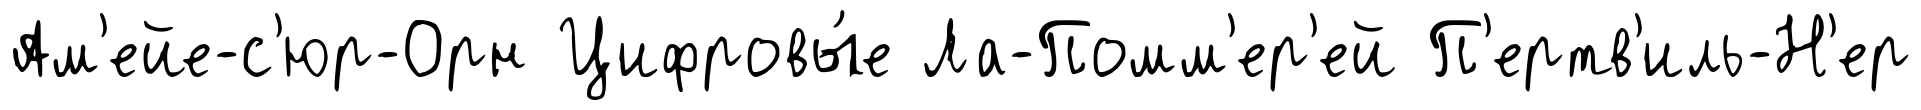
Ам'ейе-с'юр-Орн Цифровы́е Ла-Помм'ер'ей П'ертв'иль-Н'ер